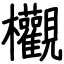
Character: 欟